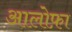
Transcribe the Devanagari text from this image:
आलोफ़ा